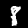
Label: 8